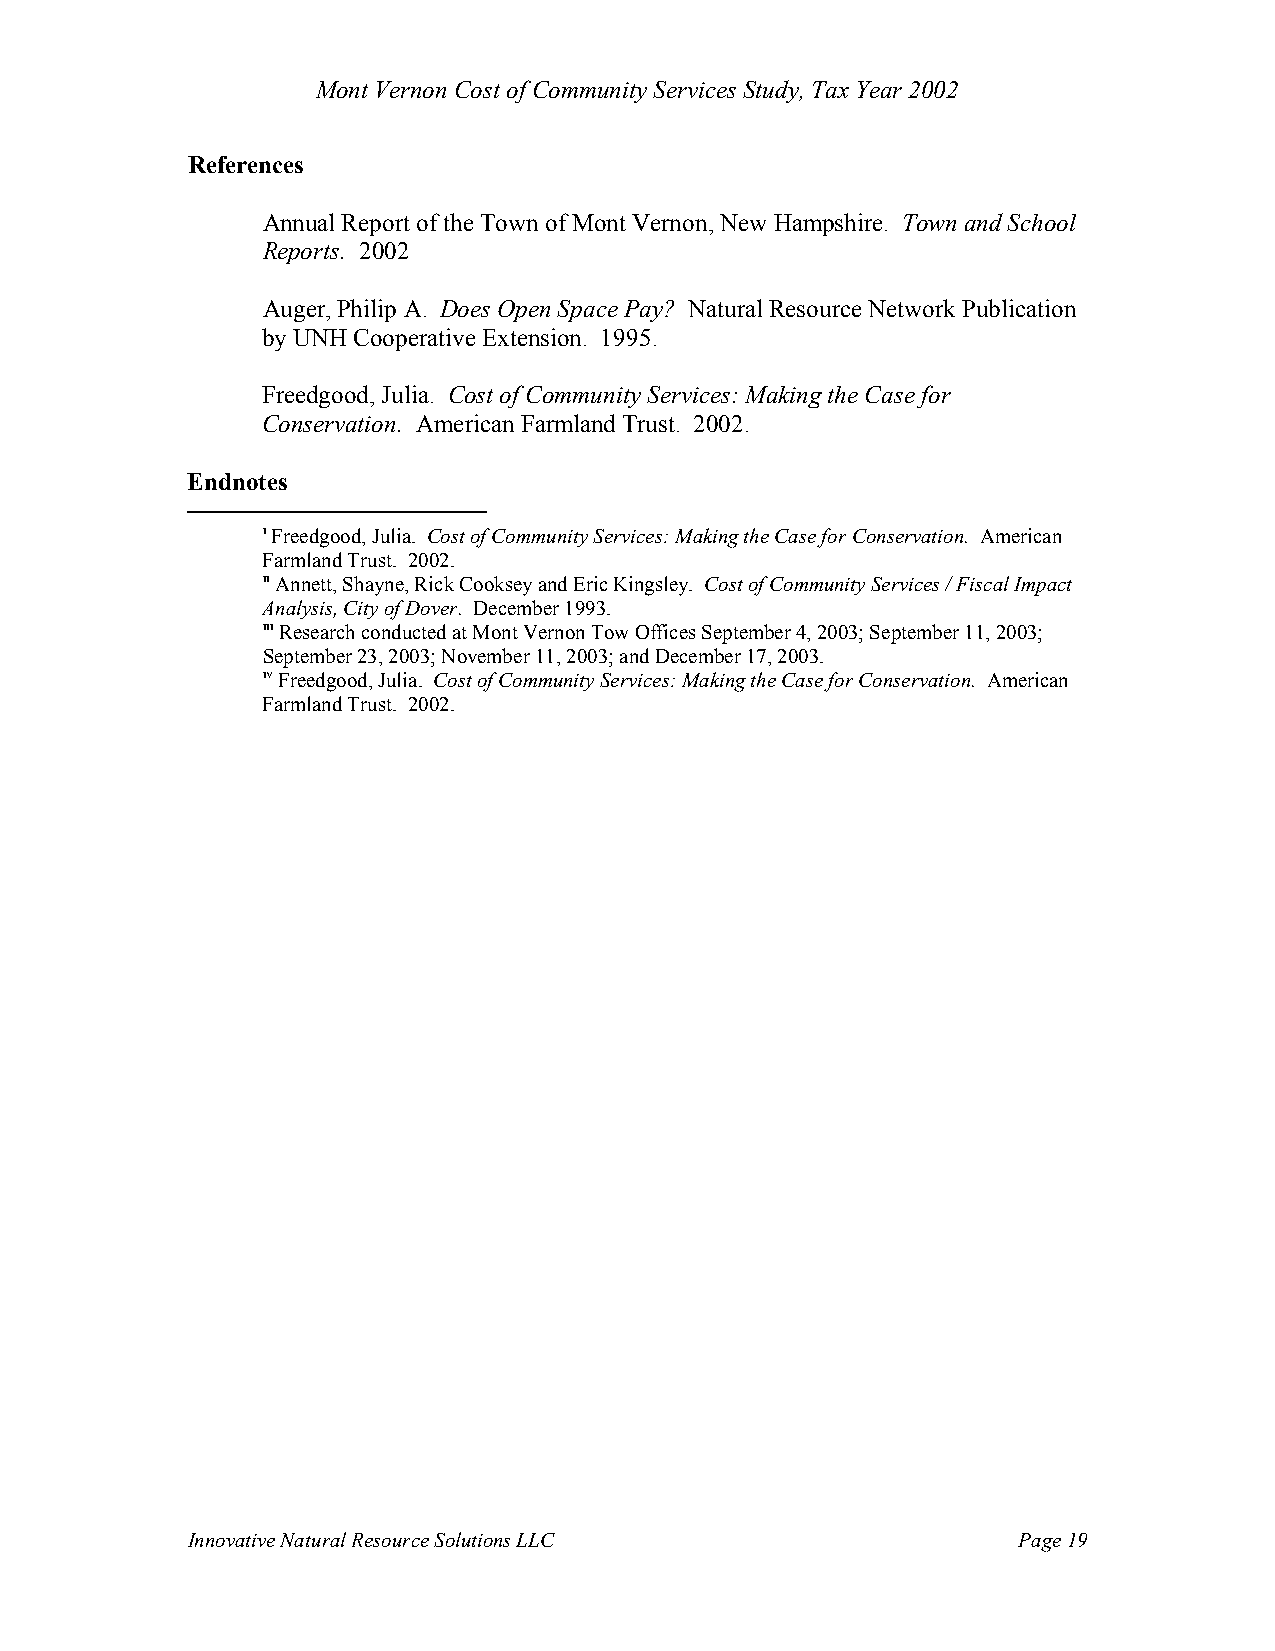
Mont Vernon Cost of Community Services Study, Tax Year 2002
 References
 Annual Report of the Town of Mont Vernon, New Hampshire. Town and School
 Reports. 2002
 Auger, Philip A. Does Open Space Pay? Natural Resource Network Publication
 by UNH Cooperative Extension. 1995.
 Freedgood, Julia. Cost of Community Services: Making the Case for
 Conservation. American Farmland Trust. 2002.
 Endnotes
 i Freedgood, Julia. Cost of Community Services: Making the Case for Conservation. American
 Farmland Trust. 2002.
 ii Annett, Shayne, Rick Cooksey and Eric Kingsley. Cost of Community Services / Fiscal Impact
 Analysis, City of Dover. December 1993.
 iii Research conducted at Mont Vernon Tow Offices September 4, 2003; September 11, 2003;
 September 23, 2003; November 11, 2003; and December 17, 2003.
 iv Freedgood, Julia. Cost of Community Services: Making the Case for Conservation. American
 Farmland Trust. 2002.
 Innovative Natural Resource Solutions LLC              Page 19